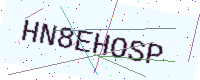
Text: HN8EHOSP